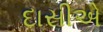
દાસીએ